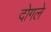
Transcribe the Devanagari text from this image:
दोगले